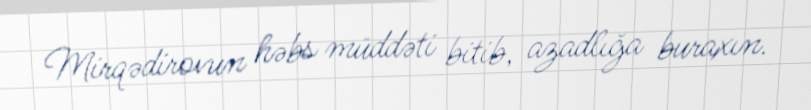
Mirqədirovun həbs müddəti bitib, azadlığa buraxın.